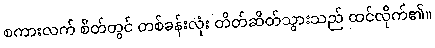
စကားလက် စိတ်တွင် တစ်ခန်းလုံး တိတ်ဆိတ်သွားသည် ထင်လိုက်၏။